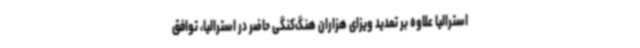
استرالیا علاوه بر تمدید ویزای هزاران هنگ‌کنگی حاضر در استرالیا، توافق